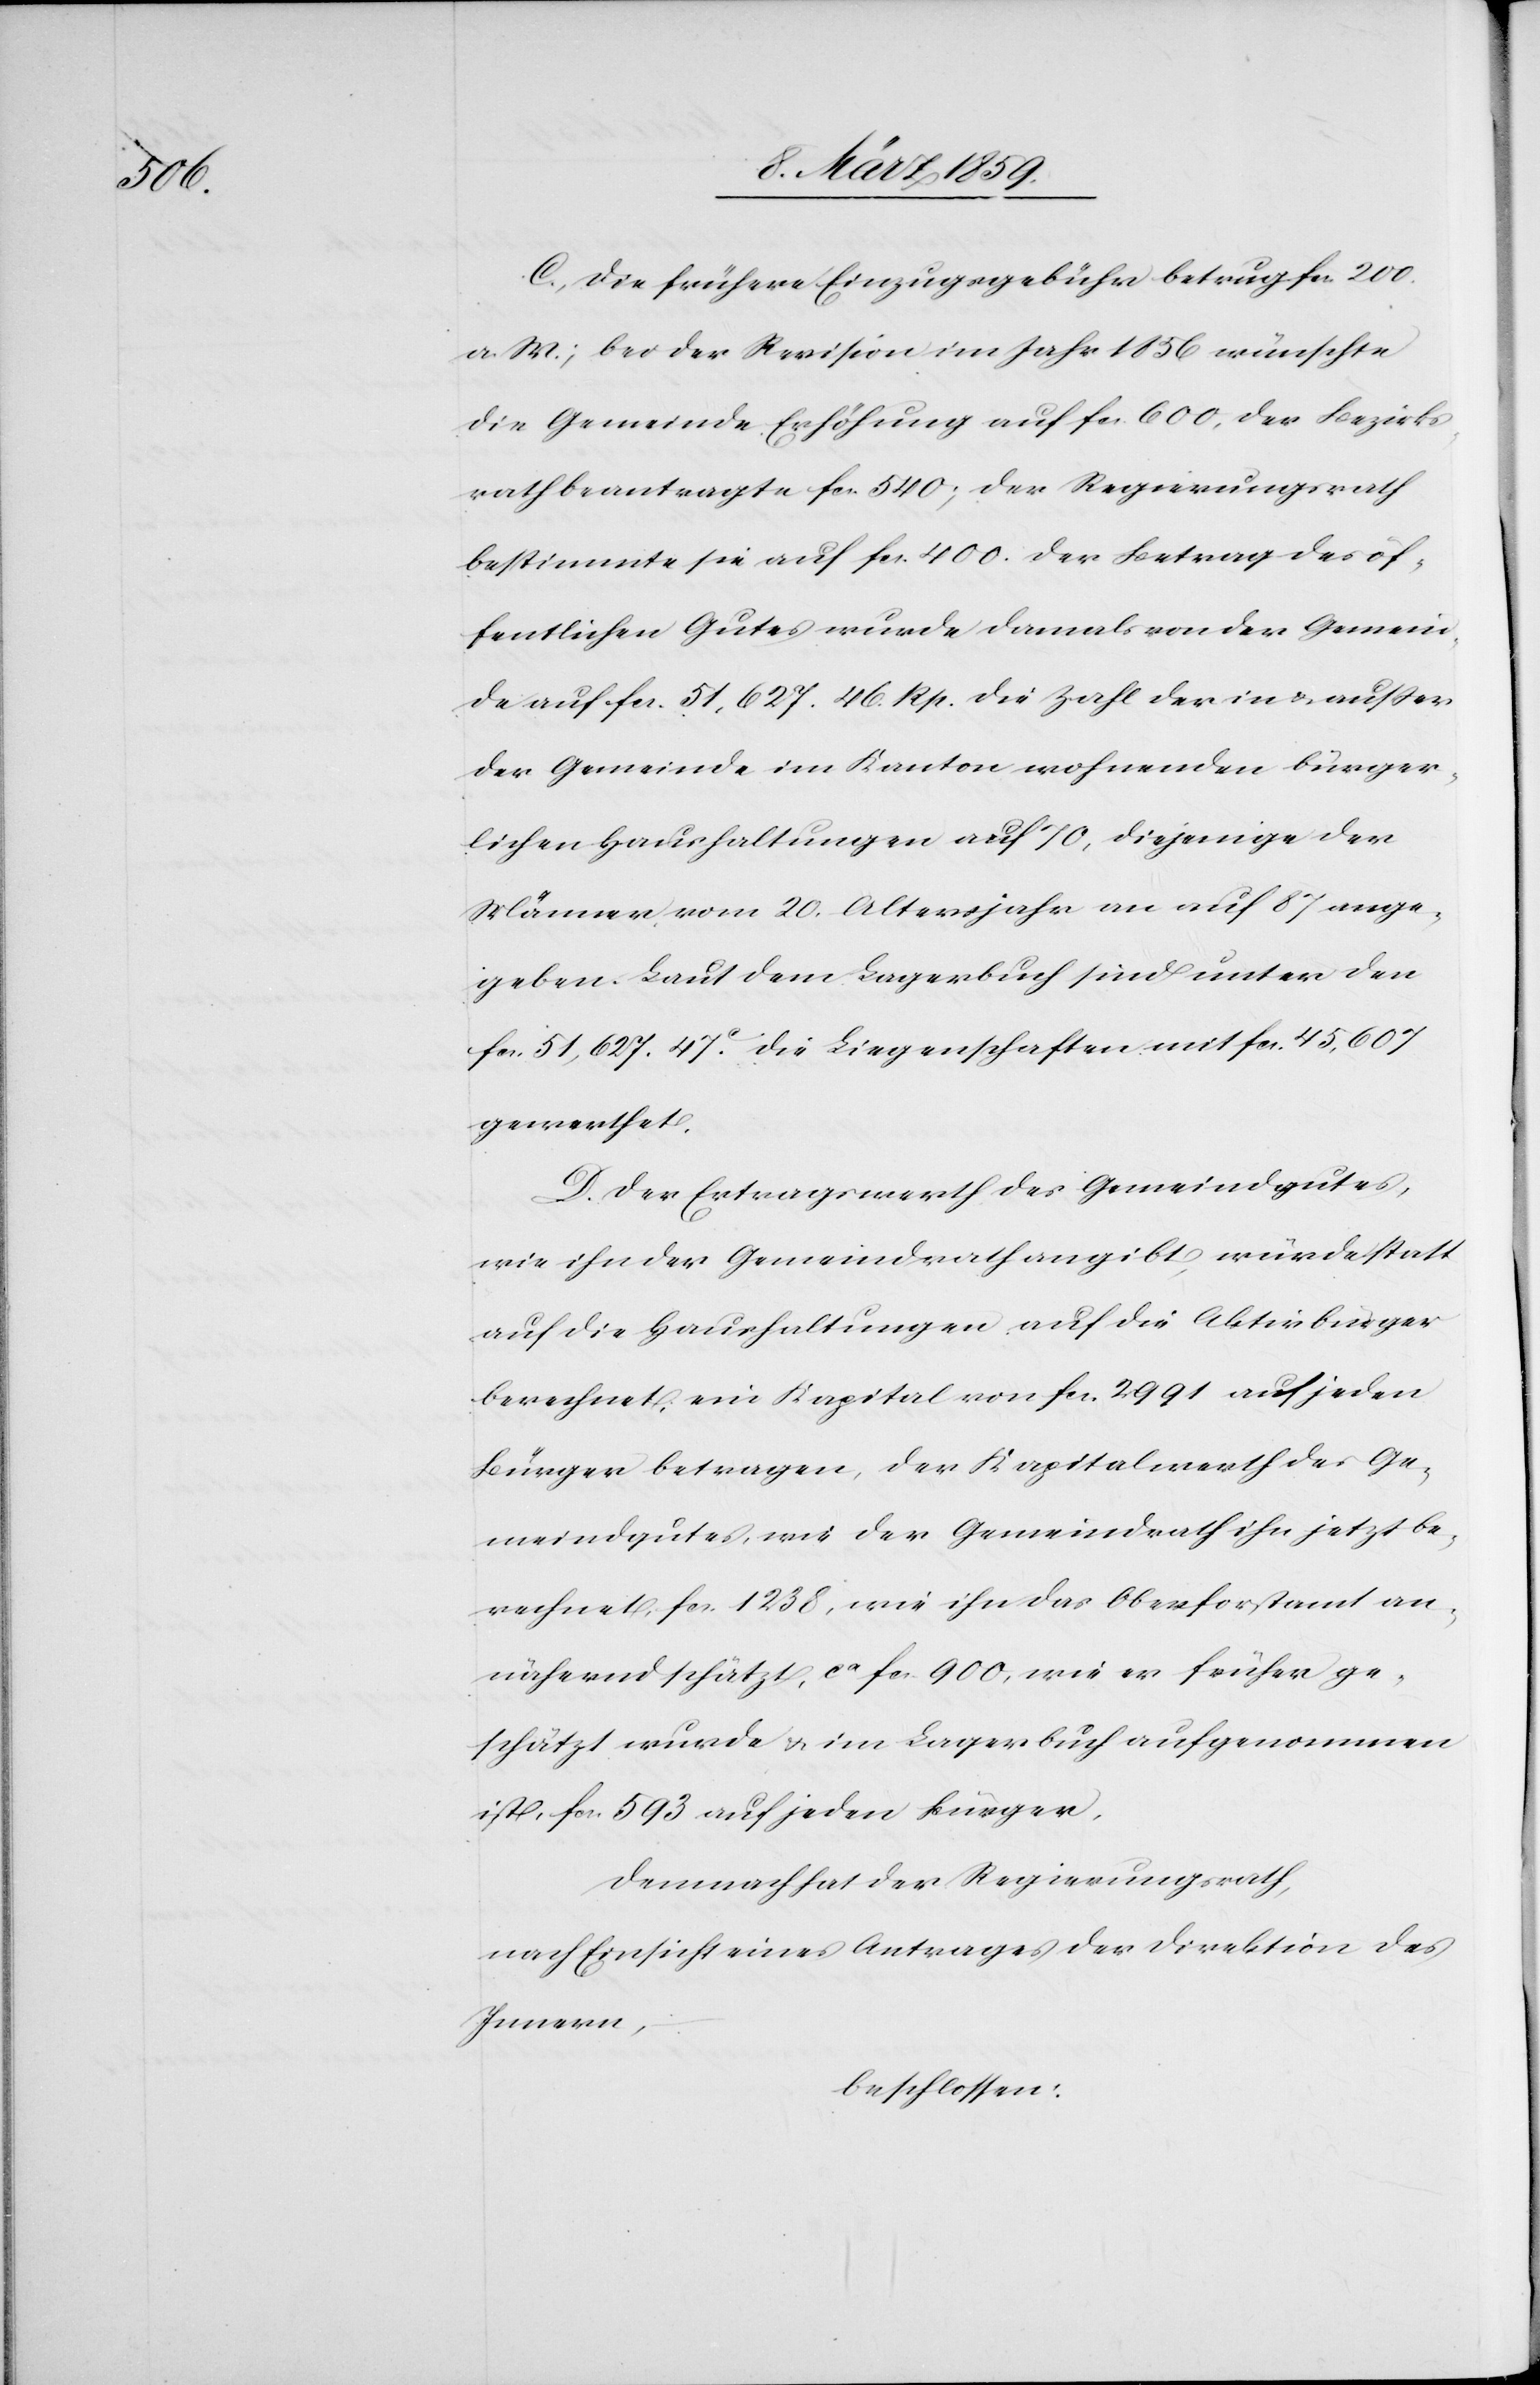
C. Die frühere Einzugsgebühr betrug fcs. 200.
a. W.; bei der Revision im Jahr 1856 wünschte
die Gemeinde Erhöhung auf fcs. 600, der Bezirks¬
rath beantragte fcs. 540; der Regierungsrath
bestimmte sie auf fcs. 400. Der Betrag des öf¬
fentlichen Gutes wurde damals von der Gemein¬
de auf fcs. 51,627. 46. Rp. die Zahl der in & außer
der Gemeinde im Kanton wohnenden bürger¬
lichen Haushaltungen auf 70, diejenige der
Männer vom 20. Altersjahr an auf 87 ange¬
geben. Laut dem Lagerbuch sind unter den
fcs. 51,627. 47 c. die Liegenschaften mit fcs. 45,607
gewerthet.
D. Der Ertragswerth des Gemeindgutes,
wie ihn der Gemeindrath angibt, würde statt
auf die Haushaltungen auf die Aktivbürger
berechnet, wie Kapital von fcs. 2991 auf jeden
Bürger betragen, der Kapitalwerth des Ge¬
meindgutes, wie der Gemeindrath ihn jetzt be¬
rechnet, fcs. 1238, wie ihn das Oberforstamt an¬
nähernd schätzt, ca fcs. 900, wie er früher ge¬
schätzt wurde & im Lagerbuch aufgenommen
ist, fcs. 593 auf jeden Bürger.
Demnach hat der Regierungsrath,
nach Einsicht eines Antrages der Direktion des
Innern,
beschlossen: